Scottish Leaving Certificate Examination, 1956
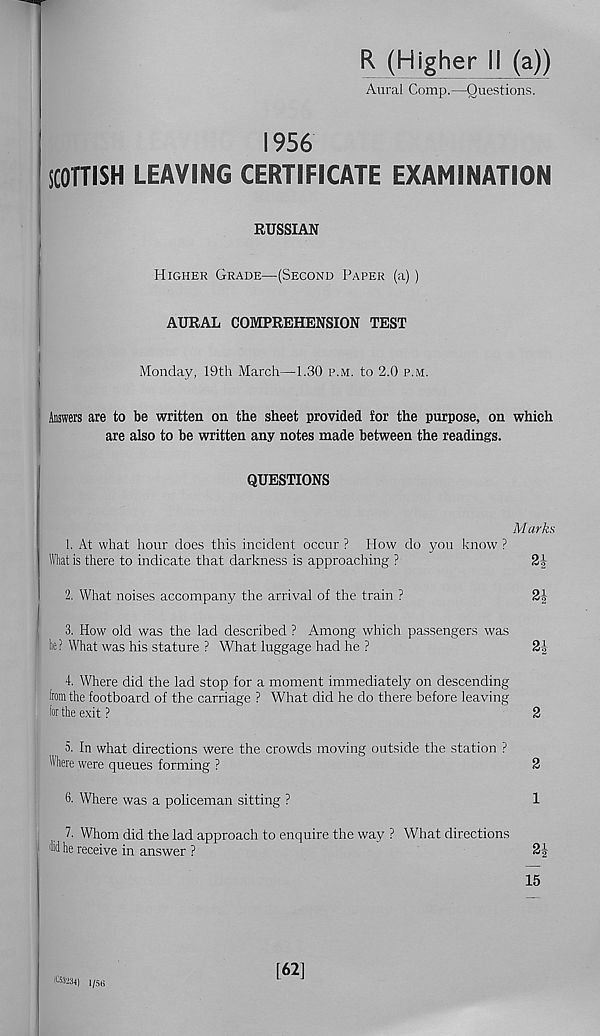
R (Higher li (a))
Aural Comp.—Questions.
1956
SCOTTISH LEAVING CERTIFICATE EXAMINATION
RUSSIAN
Higher Grade—(Second Paper (a) )
AURAL COMPREHENSION TEST
Monday, 19th March—1.30 p.m. to 2.0 p.m.
Answers are to be written on the sheet provided for the purpose, on which
are also to be written any notes made between the readings.
QUESTIONS
Marks
1. At what hour does this incident occur ? How do you know ?
What is there to indicate that darkness is approaching ?
2k
2. What noises accompany the arrival of the train ?
21
3. How old was the lad described ? Among which passengers was
he? What was his stature ? What luggage had he ?
2|
4. Where did the lad stop for a moment immediately on descending
from the footboard of the carriage ? What did he do there before leaving
for the exit ?
2
5. In what directions were the crowds moving outside the station ?
Where were queues forming ?
2
6. Where was a policeman sitting ?
1
7. Whom did the lad approach to enquire the way ? What directions
' fid he receive in answer ?
2-|-
15
(C53234) 1/5(3
[62]